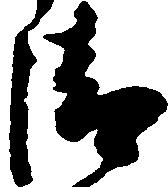
清